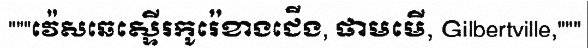
"""វ៉េសឆេស្ទើរកូរ៉េខាងជើង, ផាមមើ, Gilbertville,"""